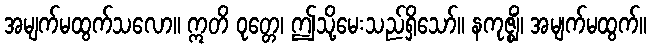
အမျက်မထွက်သလော။ ဣတိ ဝုတ္တေ၊ ဤသို့မေးသည်ရှိသော်။ နကုဇ္ဈိံ၊ အမျက်မထွက်။